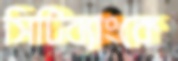
সিটিব্যাংকে